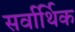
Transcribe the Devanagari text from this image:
सर्वार्थिक